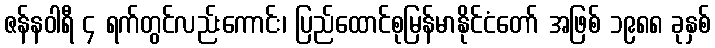
ဇန်နဝါရီ ၄ ရက်တွင်လည်းကောင်း၊ ပြည်ထောင်စုမြန်မာနိုင်ငံတော် အဖြစ် ၁၉၈၈ ခုနှစ်